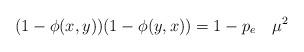
LaTeX: \begin{align*}(1-\phi(x,y))(1-\phi(y,x))=1-p_e ~~~ \mu^2 \end{align*}